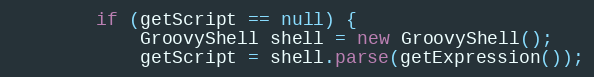
Language: Java
        if (getScript == null) {
            GroovyShell shell = new GroovyShell();
            getScript = shell.parse(getExpression());